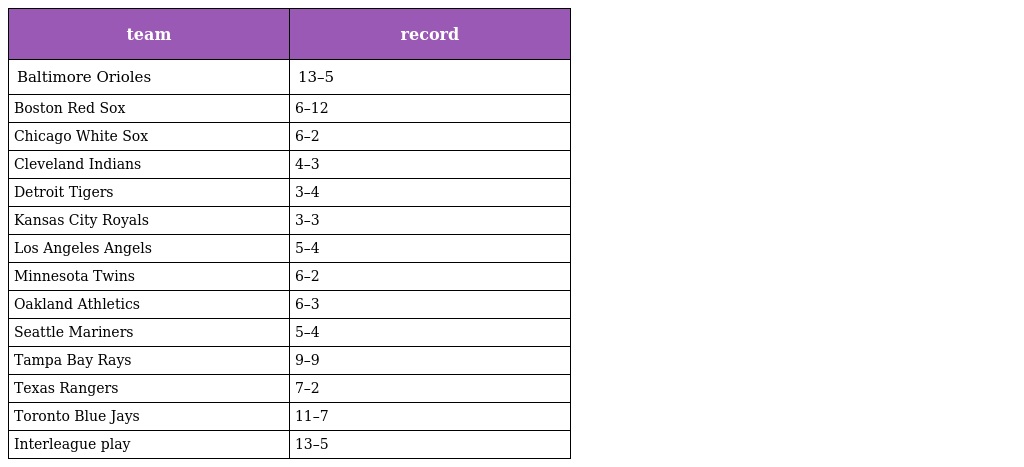
| team | record |
 | --- | --- |
 | Baltimore Orioles | 13–5 |
 | Boston Red Sox | 6–12 |
 | Chicago White Sox | 6–2 |
 | Cleveland Indians | 4–3 |
 | Detroit Tigers | 3–4 |
 | Kansas City Royals | 3–3 |
 | Los Angeles Angels | 5–4 |
 | Minnesota Twins | 6–2 |
 | Oakland Athletics | 6–3 |
 | Seattle Mariners | 5–4 |
 | Tampa Bay Rays | 9–9 |
 | Texas Rangers | 7–2 |
 | Toronto Blue Jays | 11–7 |
 | Interleague play | 13–5 |